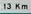
13